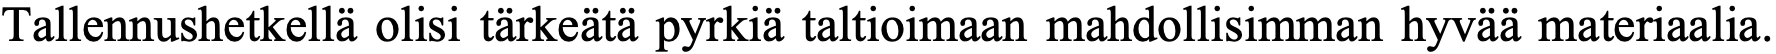
Tallennushetkellä olisi tärkeätä pyrkiä taltioimaan mahdollisimman hyvää materiaalia.